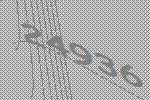
24936